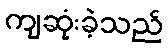
ကျဆုံးခဲ့သည်